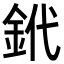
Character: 𨥶